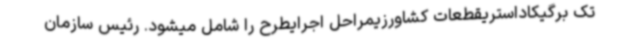
تک برگیکاداستریقطعات کشاورزیمراحل اجرایطرح را شامل میشود. رئیس سازمان